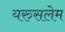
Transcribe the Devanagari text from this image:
यरुसलेम